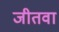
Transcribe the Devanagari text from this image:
जीतवा